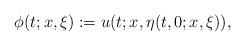
LaTeX: \begin{align*}\phi(t;x,\xi):=u(t;x,\eta(t,0;x,\xi)),\end{align*}